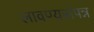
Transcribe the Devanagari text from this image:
लावण्यसंपन्न